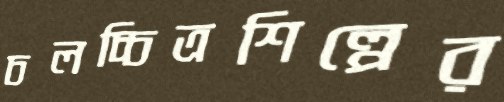
চলচ্চিত্রশিল্পের